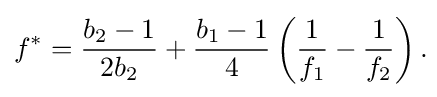
f^{*}={\frac {b_{2}-1}{2b_{2}}}+{\frac {b_{1}-1}{4}}\left({\frac {1}{f_{1}}}-{\frac {1}{f_{2}}}\right).\!